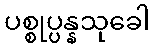
ပစ္စုပ္ပန္နသုခေါ